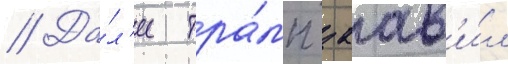
// Да́л'ее тра́мп заав'и́л